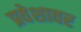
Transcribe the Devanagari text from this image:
प्रवेशावर